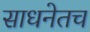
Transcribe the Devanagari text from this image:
साधनेतच